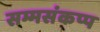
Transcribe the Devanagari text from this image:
सम्मसंकप्प